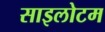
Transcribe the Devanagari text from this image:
साइलोटम